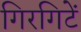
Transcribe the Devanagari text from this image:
गिरगिटें